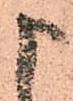
申